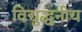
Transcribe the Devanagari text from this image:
विद्युद्धनीय